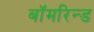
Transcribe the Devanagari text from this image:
बॉमरिन्ड